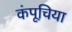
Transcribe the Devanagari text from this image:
कंपूचिया